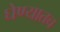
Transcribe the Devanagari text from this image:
घेण्यातच